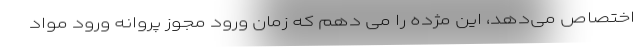
اختصاص می‌دهد، این مژده را می دهم که زمان ورود مجوز پروانه ورود مواد